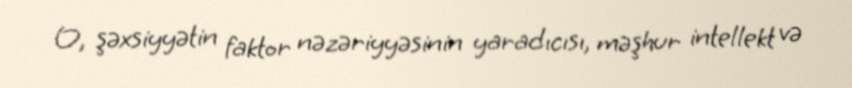
O, şəxsiyyətin faktor nəzəriyyəsinin yaradıcısı, məşhur intellekt və